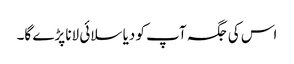
اس کی جگہ آپ کو دیا سلائی لانا پڑے گا۔